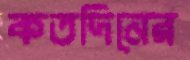
কতদিনের